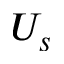
U _ { s }